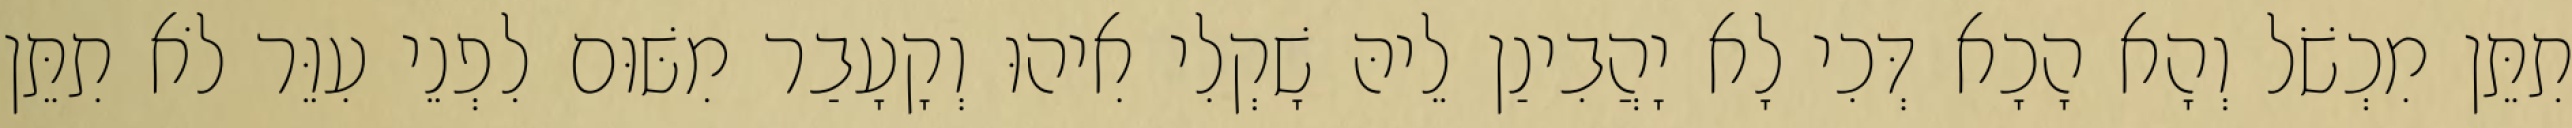
תִתֵּן מִכְשֹׁל וְהָא הָכָא דְּכִי לָא יָהֲבִינַן לֵיהּ שָׁקְלִי אִיהוּ וְקָעָבַר מִשּׁוּם לִפְנֵי עִוֵּר לֹא תִתֵּן